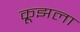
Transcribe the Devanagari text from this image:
क्रूझला